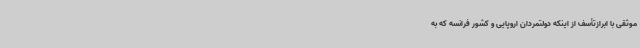
موثقی با ابرازتأسف از اینکه دولتمردان اروپایی و کشور فرانسه که به